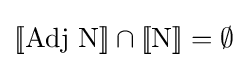
[\![{\text{Adj N}}]\!]\cap [\![{\text{N}}]\!]=\emptyset